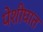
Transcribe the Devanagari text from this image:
पेशीघात